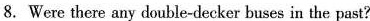
8. Were there any double-decker buses in the past?